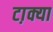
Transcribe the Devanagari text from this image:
टा़क्या